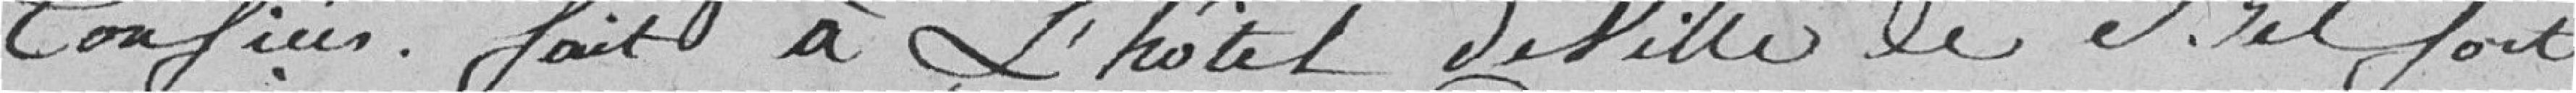
confiés. fait à l'hôtel de ville de Belfort